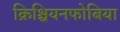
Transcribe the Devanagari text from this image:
क्रिश्चियनफोबिया